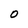
Character: O